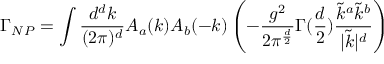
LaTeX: \Gamma _ { N P } = \int { \frac { d ^ { d } k } { ( 2 \pi ) ^ { d } } } A _ { a } ( k ) A _ { b } ( - k ) \left( - { \frac { g ^ { 2 } } { 2 \pi ^ { \frac { d } { 2 } } } } \Gamma ( { \frac { d } { 2 } } ) { \frac { \tilde { k } ^ { a } \tilde { k } ^ { b } } { | \tilde { k } | ^ { d } } } \right)